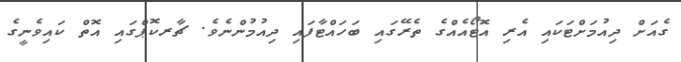
ގެއަށް ދިއުމަށްޓަކައި އެރި އޮޓޯއެއްގެ ތެރޭގައި ބަހައްޓާފައި ދިއުމުންނެވެ. ޗާރކޮޕްގައި އޮތް ކައިވެނީގެ